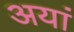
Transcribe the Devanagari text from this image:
अयां